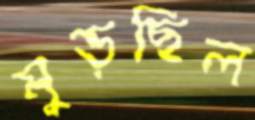
মুড়ছিল